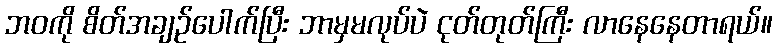
ဘဝကို စိတ်အချဉ်ပေါက်ပြီး ဘာမှမလုပ်ပဲ ငုတ်တုတ်ကြီး လာနေနေတာရယ်။